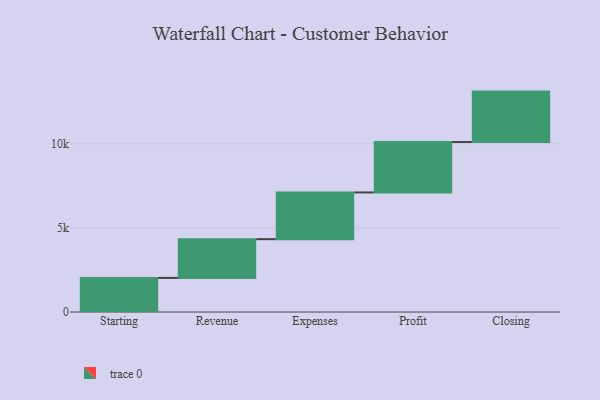
{"axis": {"x": "Step", "y": "Value"}, "legend": [""], "data": [{"x": "Starting", "y": 2028.0, "type": ""}, {"x": "Revenue", "y": 2306.0, "type": ""}, {"x": "Expenses", "y": 2778.0, "type": ""}, {"x": "Profit", "y": 3000, "type": ""}, {"x": "Closing", "y": 3000, "type": ""}]}